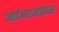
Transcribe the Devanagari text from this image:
आईआरआईएक्स